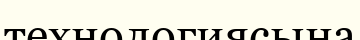
технологиясына